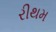
રીથમ